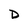
Character: D